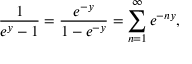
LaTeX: \frac { 1 } { e ^ { y } - 1 } = \frac { e ^ { - y } } { 1 - e ^ { - y } } = \sum _ { n = 1 } ^ { \infty } e ^ { - n y } ,